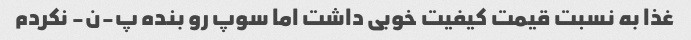
غذا به نسبت قیمت کیفیت خوبی داشت اما سوپ رو بنده پ-ن- نکردم